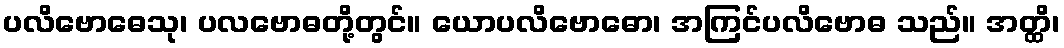
ပလိဗောဓေသု၊ ပလဗောဓတို့တွင်။ ယောပလိဗောဓော၊ အကြင်ပလိဗောဓ သည်။ အတ္ထိ၊